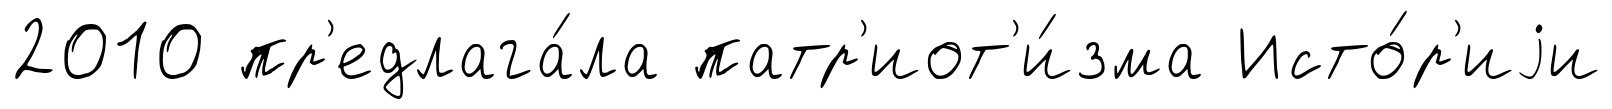
2010 пр'едлага́ла патр'иот'и́зма Исто́р'иjи